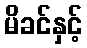
မိခင်နှင့်